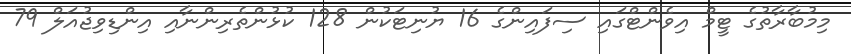
މިމުބާރާތުގެ ޓީމް އިވެންޓްގައި ސިފައިންގެ 16 ޔުނިޓަކުން 128 ކުޅުންތެރިންނާއި އިންޑިވިޖުއަލް 79